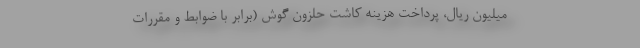
میلیون ریال، پرداخت هزینه کاشت حلزون گوش (برابر با ضوابط و مقررات